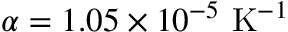
\alpha = 1 . 0 5 \times 1 0 ^ { - 5 } ~ \mathrm { K } ^ { - 1 }